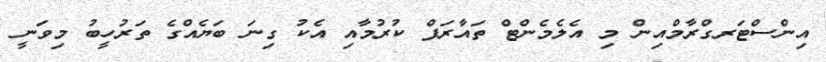
އިންސްޓަރގްރާމްއިން މި އެލެމެންޓް ތައާރަފް ކުރުމާއި އެކު ގިނަ ބަޔެއްގެ ތަރުހީބު މިވަނީ